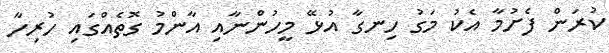
ކުރަން ފެށުމާ އެކު މަގު ހިނގާ އުޅޭ މީހުންނާއި އާންމު ގޮތެއްގައި ހުރިހާ